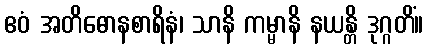
ဧဝံ အတိဓောနစာရိနံ၊ သာနိ ကမ္မာနိ နယန္တိ ဒုဂ္ဂတိံ။